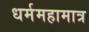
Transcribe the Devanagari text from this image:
धर्ममहामात्र